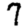
Digit: 7